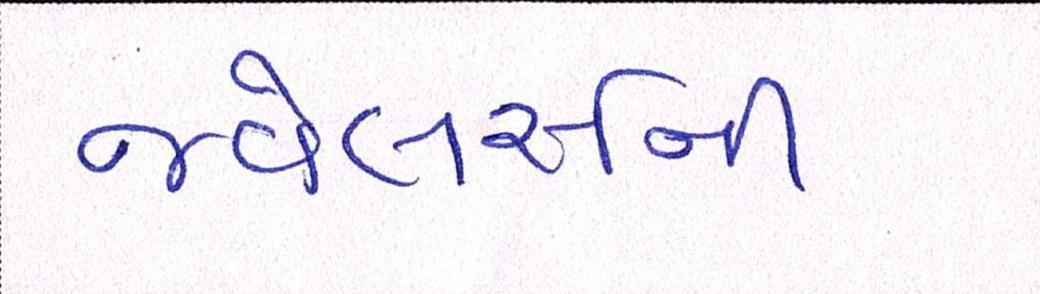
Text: જ્વેલર્સની